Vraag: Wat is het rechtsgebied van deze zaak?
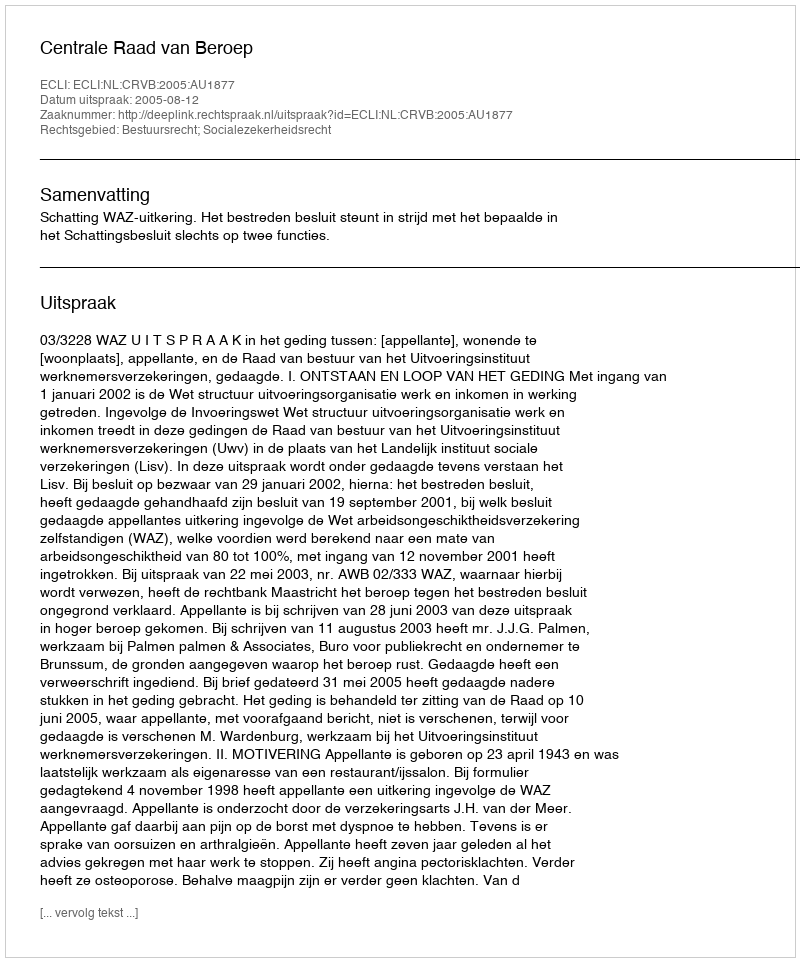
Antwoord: Bestuursrecht; Socialezekerheidsrecht